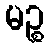
မဉ္စ